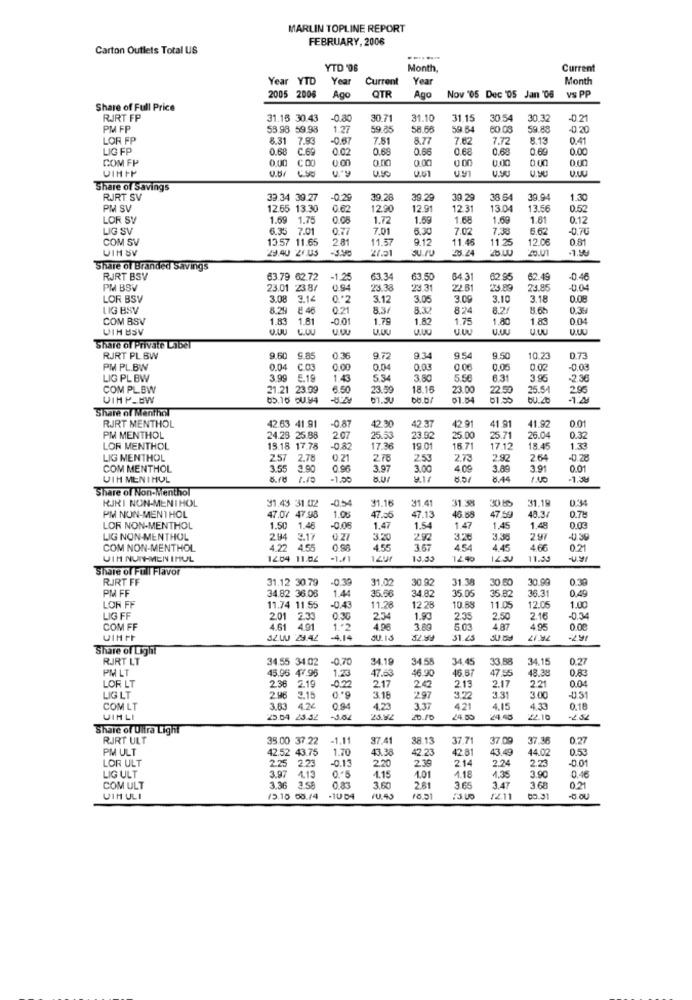
MARLIN TOPLINE REPORT
FEBRUARY, 2006
Carton Outlets Total US
YTD '06
Month,
Current
Year YTD
Year
Current
Year
Month
OTR
VS PP
2005 2006
Ago
Ago
Nov '05 Dec 05 Jan '06
Share of Full Price
RJRT FP
31.15 30.43
-0,80
30.7
31.10
31.15
30 54
30.32
021
PM FP
53.98 59.98
1.27
59.85
58.60
59 5
59.88
-0.20
LOR FP
8.31
7.93
-0.67
7.51
8.77
7.62
7.72
8.13
0.41
LIG FP
0.68
C.69
0.02
0.68
0.66
0.68
0.68
0.69
0.00
C 00
0.00
0.00
0.00
0.00
COM FP
V.B.
U.U1
0.00
U.SU
U.HU
VIHIP
Share of Savings
RJRT SV
33.34 39.27
-0.2
39.26
39.29
30 29
38 64
39.94
1.30
PM SV
12.65 13.30
0.62
12.90
12.9
12.31
13.04
13.56
0.52
LOR SV
1.69
1.75
0.08
1.72
1.59
1.68
1.69
1.81
0.12
LIG SV
6.35
7.01
7,01
5.30
7.02
7.30
5.62
-0.70
COM SV
13.57 11.65
281
11.57
9.12
11.46
12.06
0 81
UIM SV
29.40 26.05
27.21
28.24
28.00
11.25
Share of Branded Savings
RJRT BSV
63.79 62.72
-1.25
63.34
63.50
64.31
62.95
62.49
-0.46
PM BSV
23.01 2387
23.38
23.31
22.81
'23.89
23.85
0.04
LOR BSV
3.08 3.14
0 .* 2
3.12
3.05
3.00
3.10
3.18
0.08
LIG BSV
8.29 8 46
0.21
8.3/
824
8.2/
8.65
0.39
COM BSV
1.83
1.81
-0.01
1.79
1.82
1.75
1.80
1.83
0.04
UIH BSV
C.OU
U.UU
U.JU
U.UU
Share of Private Label
RJRT PL BW
9.60 9.85
0.36
9.7
9.34
9.54
9.50
10.23
0.73
PM PL.BW
0.04
CO
0.00
0.04
0.03
0.06
0.0.
-0.03
LIG PL BW
3.99
5.19
1.43
5.34
3 80
5.56
6.31
3.95
2 36
COM PLBW
21.21 23.39
23.59
18.15
23.00
22.50
25.54
VIHP-BW
65.16 OU.94
01.04
81.55
Share of Menthol
0.01
RJRT MENTHOL
42.63 41.91
-0.87
42.30
42.37
42.91
41.91
41.92
PM MENTHOL
24.28 25.88
207
25.53
23.92
25.00
25.71
26.04
0.32
LOR MENTHOL
15.18 17.78
082
17.36
19.01
15.71
17.12
18.45
1.33
LIG MENTHOL
2.57
2.78
0.21
2.78
253
27:
2.92
2.64
-0.28
COM MENTHOL
3.55 3.90
0.96
3.97
3.00
4.00
3.89
3.91
0.01
VIH MENTHOL
1.00
8.44
1.00
-1.3%
Share of Non-Menthol
RJRI NON-MENTHOL
31.38
3060
034
31.43 31.02
31.16
31.41
48.3
31.19
0.75
PM NON-MENTHOL
47.07 47.98
1.08
47.05
47.13
46.58
47.59
LOR NON-MENTHOL
1.50 1.46
-0.08
1.47
1.54
1.47
1,45
1.48
0.03
LIG NON-MENTHOL
2.94
3.17
0.27
3.20
292
3.26
3.35
2.97
-0.39
COM NON-MENTHOL
4.22 4.55
0 96
455
3.67
454
4.45
466
0.21
VIH NUTH-MEN IMUL
12.04 11.02
13.45
1440
1230
11.00
Share of Full Flavor
RJRT FF
31.12 30.79
-0,39
31.02
30.92
31.38
30.60
30.99
0.30
PM FF
34.82 36.08
1.4
35.56
34.82
35.05
35.82
36.31
0.49
LOR FF
11.74 11.55
11.28
12.28
10.88
11.05
12.0
1.00
LIG FF
201 2.33
0.30
2,34
1.90
2.35
2.50
2.16
-0,34
COM FF
4.61 4.91
1 .* 2
4.06
3.89
5.03
495
7R 17
0.00
4.14
31.25
Share of Light
RJRT LT
34.55 34.02
0,70
24.19
34.58
34.45
33.88
34.15
0.27
PM LT
45.96 47.96
46 90
46.67
47 .55
48.38
2.30
2.19
1.23
02
47.63
2.17
20
2.17
2.21
LOR LT
2.13
LIG LT
2.96
3.15
3.18
2.97
3.31
3.00
-0.31
COM LT
3.83
4.26
0.94
4.23
3.37
4.21
4.15
4.33
0.18
UIMLI
25.04 23.32
23.92
20.10
24.50
24.45
222 16
Share of Ultra Light
RJRT ULT
35.00 37.22
-1.11
37.41
38.13
37.71
37.09
37.36
0.27
PM ULT
42.52 43.75
1.70
43.38
42.23
42.81
43.49
44.02
0.53
LOR ULT
2.25
2.23
0.13
2.20
239
214
224
2.23
-0.01
3.97
4.13
1.35
300
LIG ULT
4.15
1.01
1.18
0.46
COM ULT
3.36 3.58
0.83
3.60
261
3.65
3.47
3 68
0.21
UIM ULI
15.10 00.14
-10 04
1211
00.31